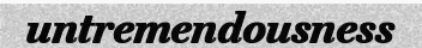
untremendousness